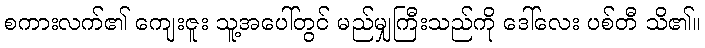
စကားလက်၏ ကျေးဇူး သူ့အပေါ်တွင် မည်မျှကြီးသည်ကို ဒေါ်လေး ပစ်တီ သိ၏။